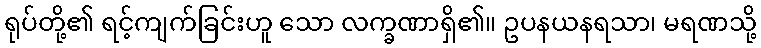
ရုပ်တို့၏ ရင့်ကျက်ခြင်းဟူ သော လက္ခဏာရှိ၏။ ဥပနယနရသာ၊ မရဏသို့